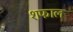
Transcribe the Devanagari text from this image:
शफाल